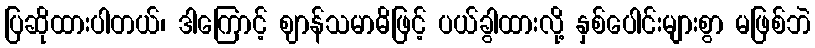
ပြဆိုထားပါတယ်၊ ဒါကြောင့် ဈာန်သမာဓိဖြင့် ပယ်ခွါထားလို့ နှစ်ပေါင်းများစွာ မဖြစ်ဘဲ